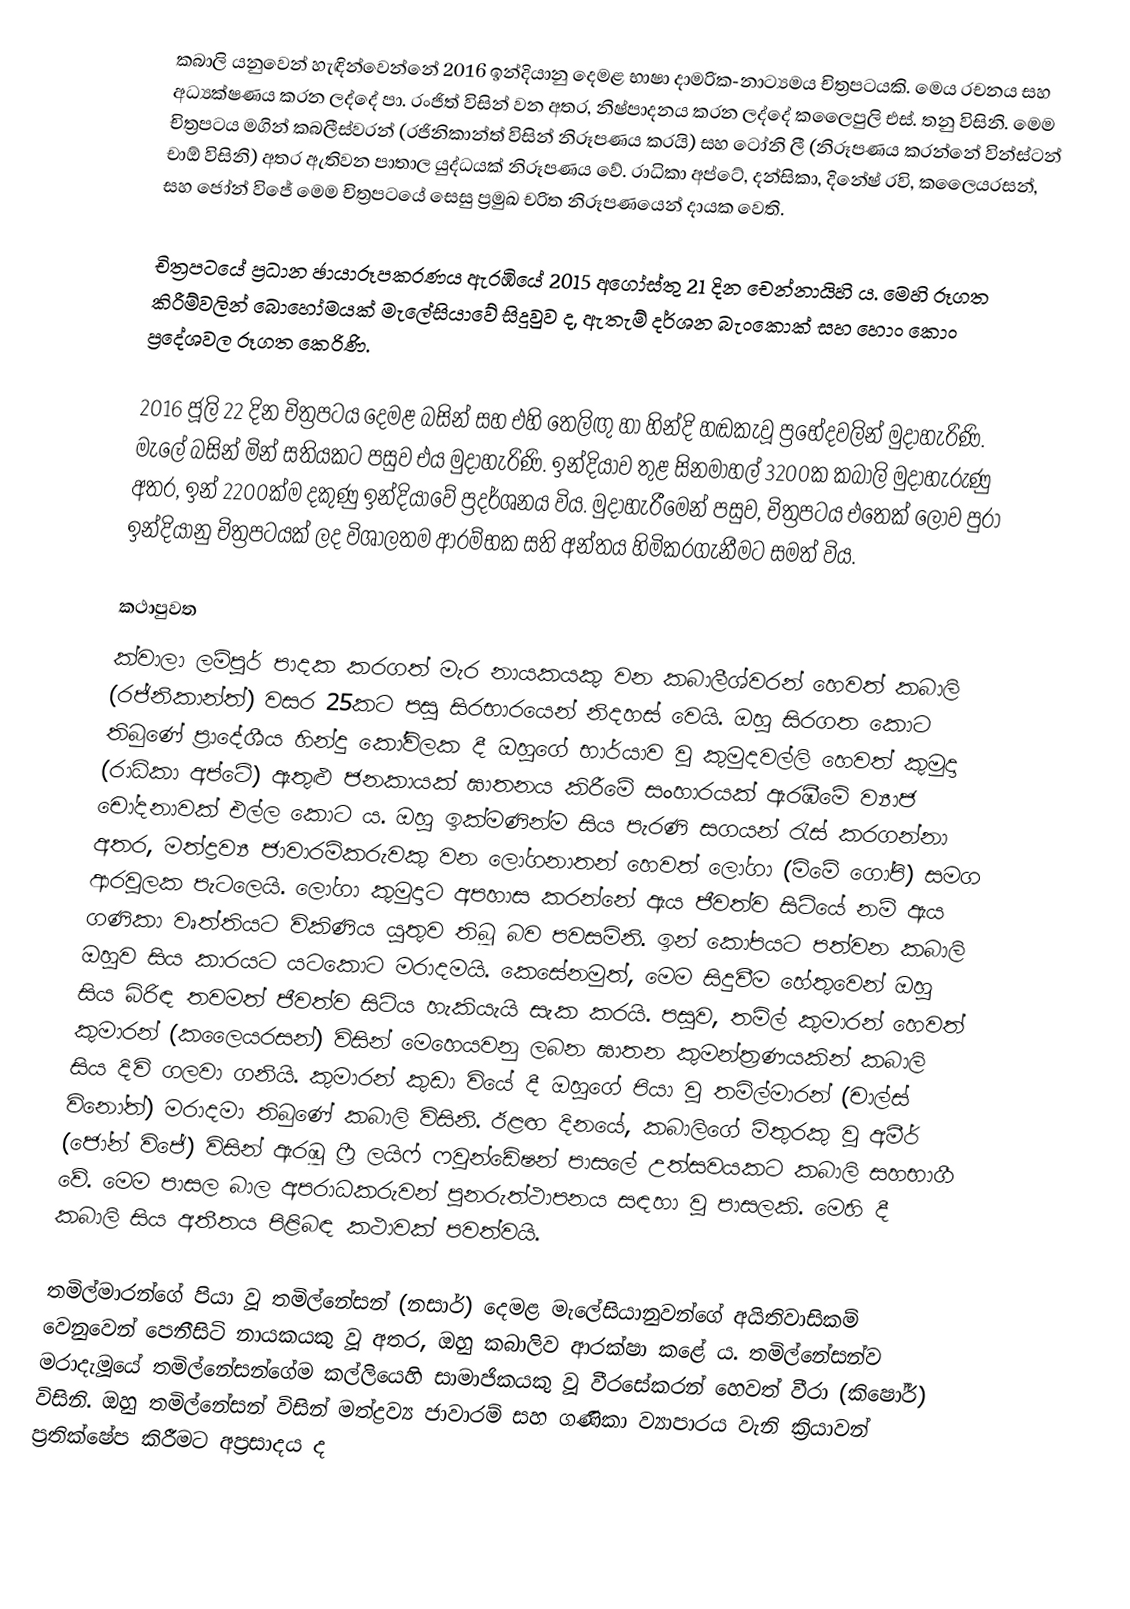
කබාලි යනුවෙන් හැඳින්වෙන්නේ 2016 ඉන්දියානු දෙමළ භාෂා දාමරික-නාට්‍යමය චිත්‍රපටයකි. මෙය රචනය සහ අධ්‍යක්ෂණය කරන ලද්දේ පා. රංජිත් විසින් වන අතර, නිෂ්පාදනය කරන ලද්දේ කලෛපුලි එස්. තනු විසිනි. මෙම චිත්‍රපටය මගින් කබලීස්වරන් (රජිනිකාන්ත් විසින් නිරූපණය කරයි) සහ ටෝනි ලී (නිරූපණය කරන්නේ වින්ස්ටන් චාඕ විසිනි) අතර ඇතිවන පාතාල යුද්ධයක් නිරූපණය වේ. රාධිකා අප්ටේ, දන්සිකා, දිනේෂ් රවි, කලෛයරසන්, සහ ජෝන් විජේ මෙම චිත්‍රපටයේ සෙසු ප්‍රමුඛ චරිත නිරූපණයෙන් දායක වෙති.

චිත්‍රපටයේ ප්‍රධාන ඡායාරූපකරණය ඇරඹියේ 2015 අගෝස්තු 21 දින චෙන්නායිහි ය. මෙහි රූගත කිරීම්වලින් බොහෝමයක් මැලේසියාවේ සිදුවුව ද, ඇතැම් දර්ශන බැංකොක් සහ හොං කොං ප්‍රදේශවල රූගත කෙරිණි.

2016 ජූලි 22 දින චිත්‍රපටය දෙමළ බසින් සහ එහි තෙලිඟු හා හින්දි හඬකැවූ ප්‍රභේදවලින් මුදාහැරිණි. මැලේ බසින් මින් සතියකට පසුව එය මුදාහැරිණි. ඉන්දියාව තුළ සිනමාහල් 3200ක කබාලි මුදාහැරුණු අතර, ඉන් 2200ක්ම දකුණු ඉන්දියාවේ ප්‍රදර්ශනය විය. මුදාහැරීමෙන් පසුව, චිත්‍රපටය එතෙක් ලොව පුරා ඉන්දියානු චිත්‍රපටයක් ලද විශාලතම ආරම්භක සති අන්තය හිමිකරගැනීමට සමත් විය.

කථාපුවත
ක්වාලා ලම්පූර් පාදක කරගත් මැර නායකයකු වන කබාලීශ්වරන් හෙවත් කබාලි (රජ්නිකාන්ත්) වසර 25කට පසු සිරභාරයෙන් නිදහස් වෙයි. ඔහු සිරගත කොට තිබුණේ ප්‍රාදේශීය හින්දු කෝවිලක දී ඔහුගේ භාර්යාව වූ කුමුදවල්ලි හෙවත් කුමුදා (රාධිකා අප්ටේ) ඇතුළු ජනකායක් ඝාතනය කිරීමේ සංහාරයක් ඇරඹීමේ ව්‍යාජ චෝදනාවක් එල්ල කොට ය. ඔහු ඉක්මණින්ම සිය පැරණි සගයන් රැස් කරගන්නා අතර, මත්ද්‍රව්‍ය ජාවාරම්කරුවකු වන ලෝගනාතන් හෙවත් ‍ලෝගා (මිමේ ගෝපි) සමග ආරවුලක පැටලෙයි. ලෝගා කුමුදාට අපහාස කරන්නේ ඇය ජීවත්ව සිටියේ නම් ඇය ගණිකා වෘත්තියට විකිණිය යුතුව තිබූ බව පවසමිනි. ඉන් කෝපයට පත්වන කබාලි ඔහුව සිය කාරයට යටකොට මරාදමයි. කෙසේනමුත්, මෙම සිදුවීම හේතුවෙන් ඔහු සිය බිරිඳ තවමත් ජීවත්ව සිටිය හැකියැයි සැක කරයි. පසුව, තමිල් කුමාරන් හෙවත් කුමාරන් (කලෛයරසන්) විසින් මෙහෙයවනු ලබන ඝාතන කුමන්ත්‍රණයකින් කබාලි සිය දිවි ගලවා ගනියි. කුමාරන් කුඩා වියේ දී ඔහුගේ පියා වූ තමිල්මාරන් (චාල්ස් විනෝත්) මරාදමා තිබුණේ කබාලි විසිනි. ඊළඟ දිනයේ, කබාලිගේ මිතුරකු වූ අමීර් (ජෝන් විජේ) විසින් ඇරඹූ ෆ්‍රී ලයිෆ් ෆවුන්ඩේෂන් පාසලේ උත්සවයකට කබාලි සහභාගී වේ. මෙම පාසල බාල අපරාධකරුවන් පුනරුත්ථාපනය සඳහා වූ පාසලකි. මෙහි දී කබාලි සිය අතීතය පිළිබඳ කථාවක් පවත්වයි.

තමිල්මාරන්ගේ පියා වූ තමිල්නේසන් (නසාර්) දෙමළ මැලේසියානුවන්ගේ අයිතිවාසිකම් වෙනුවෙන් පෙනීසිටි නායකයකු වූ අතර, ඔහු කබාලිව ආරක්ෂා කළේ ය. තමිල්නේසන්ව මරාදැමූයේ තමිල්නේසන්ගේම කල්ලියෙහි සාමාජිකයකු වූ වීරසේකරන් හෙවත් වීරා (කිෂෝර්) විසිනි. ඔහු තමිල‍්නේසන් විසින් මත්ද්‍රව්‍ය ජාවාරම් සහ ගණිකා ව්‍යාපාරය වැනි ක්‍රියාවන් ප්‍රතික්ෂේප කිරීමට අප්‍රසාදය ද